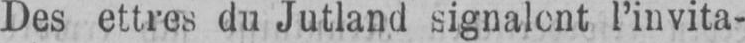
l’invita-